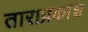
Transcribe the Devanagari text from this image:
ताराप्रकाश